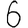
Digit: 6